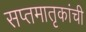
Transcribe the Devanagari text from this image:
सप्तमातृकांची